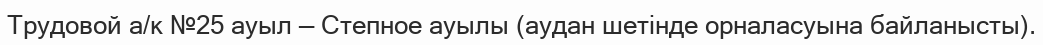
Трудовой а/к №25 ауыл — Степное ауылы (аудан шетінде орналасуына байланысты).